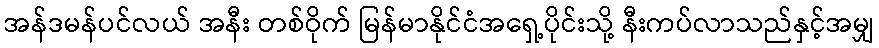
အန်ဒမန်ပင်လယ် အနီး တစ်ဝိုက် မြန်မာနိုင်ငံအရှေ့ပိုင်းသို့ နီးကပ်လာသည်နှင့်အမျှ